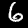
Label: 6